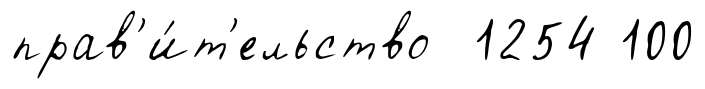
прав'и́т'ельство 1254 100